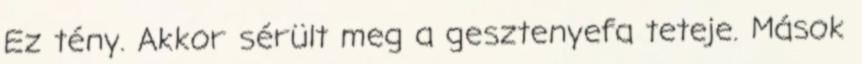
Ez tény. Akkor sérült meg a gesztenyefa teteje. Mások